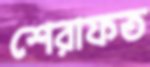
শেরাফত